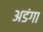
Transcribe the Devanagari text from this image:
अडंगा